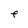
Character: F